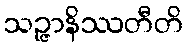
သဉ္ဇာနိဿတီတိ